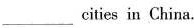
_________cities in China.